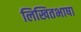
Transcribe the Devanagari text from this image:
लिखितभाषा